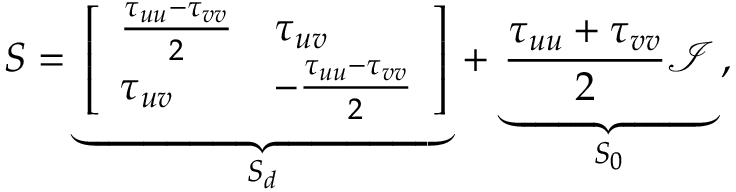
\ensuremath { \boldsymbol { S } } = \underbrace { \left[ \begin{array} { l l } { \frac { \tau _ { u u } - \tau _ { v v } } { 2 } } & { \tau _ { u v } } \\ { \tau _ { u v } } & { - \frac { \tau _ { u u } - \tau _ { v v } } { 2 } } \end{array} \right] } _ { \ensuremath { \boldsymbol { S } } _ { d } } \, + \, \underbrace { \frac { \tau _ { u u } + \tau _ { v v } } { 2 } \ensuremath { \boldsymbol { \mathcal { I } } } } _ { \ensuremath { \boldsymbol { S } } _ { 0 } } \, ,